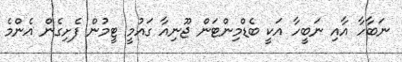
ނަބާހާ އާއި ނަބީހާ އަކީ ބެޑްމިންޓަން ޖޫނިއާ ގައުމީ ޓީމުން ފެށިގެން އެންމެ